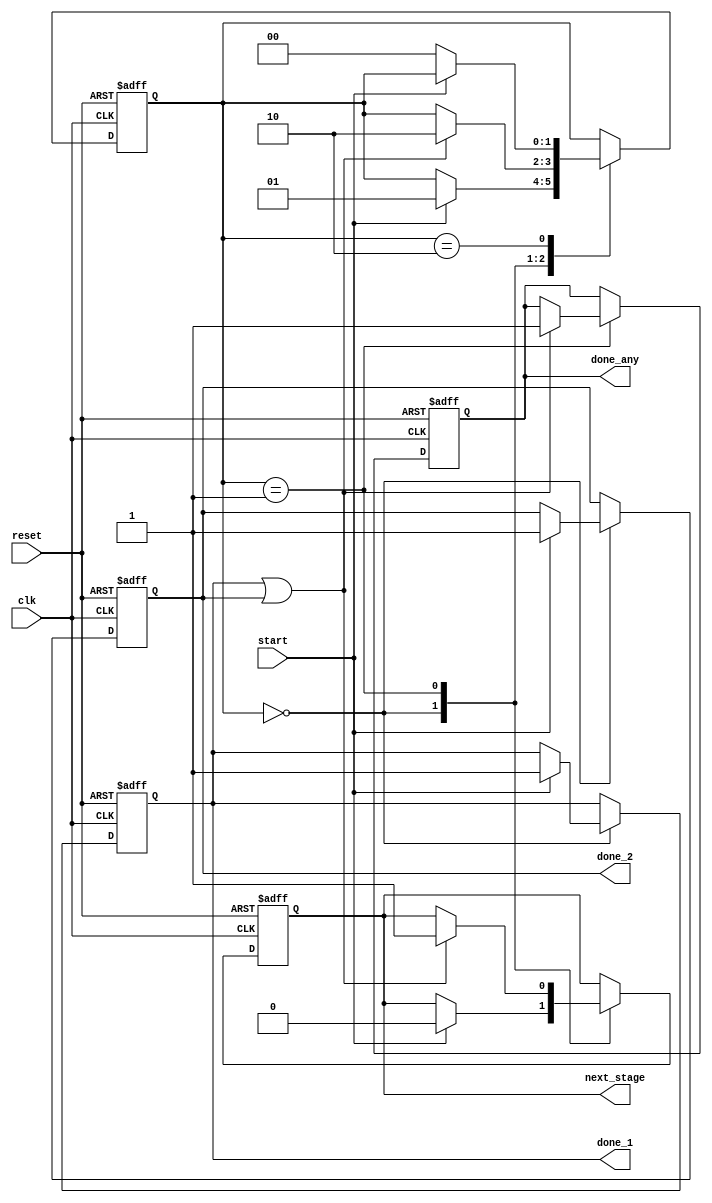
module fork_join_any (
    input wire clk,          // Clock signal
    input wire reset,        // Reset signal
    input wire start,        // Start signal to trigger processes
    output reg done_1,       // Completion signal for process 1
    output reg done_2,       // Completion signal for process 2
    output reg done_any,     // Indicates any process has completed
    output reg next_stage     // Signal to proceed to the next stage
);

    // Internal state
    reg [1:0] state;         // State variable
    parameter IDLE = 2'b00,  // Idle state
              RUNNING = 2'b01, // Running state
              DONE = 2'b10;    // Done state

    // Task to simulate process 1
    task process_1;
        begin
            #10; // Simulate some delay for process 1
            done_1 = 1'b1; // Set done signal for process 1
        end
    endtask

    // Task to simulate process 2
    task process_2;
        begin
            #20; // Simulate some delay for process 2
            done_2 = 1'b1; // Set done signal for process 2
        end
    endtask

    // Sequential logic for state management
    always @(posedge clk or posedge reset) begin
        if (reset) begin
            // Reset all signals
            done_1 <= 1'b0;
            done_2 <= 1'b0;
            done_any <= 1'b0;
            next_stage <= 1'b0;
            state <= IDLE;
        end else begin
            case (state)
                IDLE: begin
                    if (start) begin
                        // Start concurrent processes
                        done_1 = 1'b0;
                        done_2 = 1'b0;
                        next_stage = 1'b0;
                        state = RUNNING;
                        // Forking processes (simulated with tasks)
                        process_1();
                        process_2();
                    end
                end

                RUNNING: begin
                    // Check for completion of any process
                    if (done_1 || done_2) begin
                        done_any <= 1'b1; // At least one process is done
                        next_stage <= 1'b1; // Proceed to next stage
                        state <= DONE; // Move to done state
                    end
                end

                DONE: begin
                    // Wait for the next start signal or reset
                    if (!start) begin
                        state <= IDLE; // Go back to idle state
                    end
                end
            endcase
        end
    end

endmodule